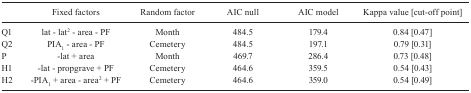
<table><thead><tr><td><b> </b></td><td><b>Fixed factors</b></td><td><b>Random factor</b></td><td><b>AIC null</b></td><td><b>AIC model</b></td><td><b>Kappa value [cut-offpoint]</b></td></tr></thead><tbody><tr><td>Q1</td><td>lat - lat<sup>2</sup> - area -PF</td><td>Month</td><td>484.5</td><td>179.4</td><td>0.84 [0.47]</td></tr><tr><td>Q2</td><td>PIA<sub>1</sub> - area - PF</td><td>Cemetery</td><td>484.5</td><td>197.1</td><td>0.79 [0.31]</td></tr><tr><td>P</td><td>-lat + area</td><td>Month</td><td>469.7</td><td>286.4</td><td>0.73 [0.48]</td></tr><tr><td>H1</td><td>-lat - propgrave + PF</td><td>Cemetery</td><td>464.6</td><td>359.5</td><td>0.54 [0.43]</td></tr><tr><td>H2</td><td>-PIA<sub>1</sub> + area -area<sup>2</sup> + PF</td><td>Cemetery</td><td>464.6</td><td>359.0</td><td>0.54 [0.49]</td></tr></tbody></table>